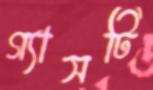
গ্যাসটি